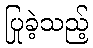
ပြုခဲ့သည့်